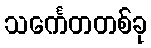
သင်္ကေတတစ်ခု